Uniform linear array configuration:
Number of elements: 64
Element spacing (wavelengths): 0.25
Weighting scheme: blackman
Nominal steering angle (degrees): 45
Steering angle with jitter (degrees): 46.055
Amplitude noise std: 0.05
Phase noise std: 0.05

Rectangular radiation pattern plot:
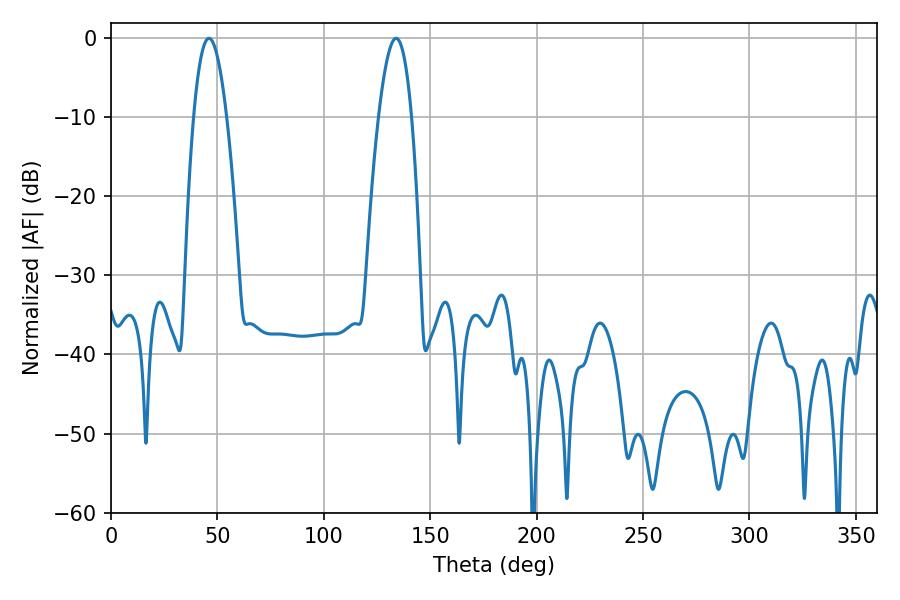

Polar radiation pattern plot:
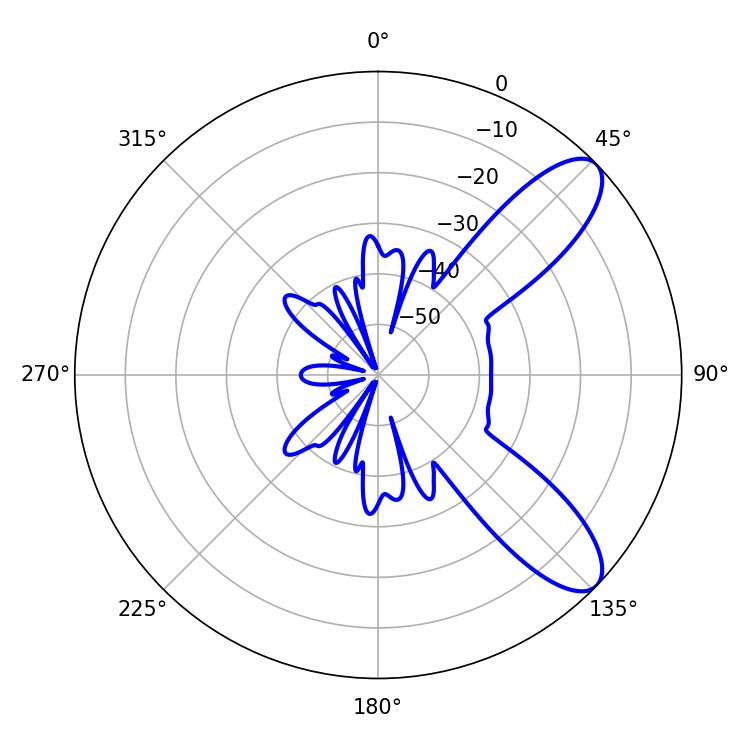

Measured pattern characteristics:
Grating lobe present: FALSE
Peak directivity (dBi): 9.368
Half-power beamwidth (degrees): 8.46
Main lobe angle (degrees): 46.08